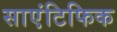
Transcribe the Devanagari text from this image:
साएंटिफिक